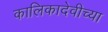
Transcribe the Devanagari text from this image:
कालिकादेवीच्या